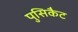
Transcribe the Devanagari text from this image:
पुसिकैट